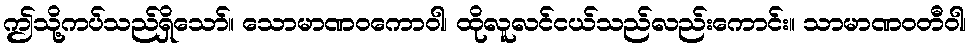
ဤသို့ကပ်သည်ရှိသော်။ သောမာဏဝကောဝါ၊ ထိုလူလင်ငယ်သည်လည်းကောင်း။ သာမာဏဝတီဝါ၊